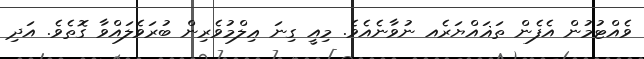
ވެއްޓުމުން އެފެން ތަޣައްޔަރެއ ނުވާނެއެވެ. މިއީ ގިނަ ޢިލްމުވެރިން ބުރަވެލައްވާ ގޮތެވެ. އަދި